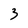
Character: 3